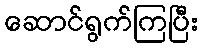
ဆောင်ရွက်ကြပြီး